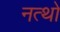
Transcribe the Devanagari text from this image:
नत्थो